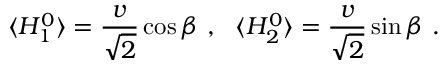
\langle H _ { 1 } ^ { 0 } \rangle = \frac { v } { \sqrt 2 } \cos \beta ~ , ~ ~ \langle H _ { 2 } ^ { 0 } \rangle = \frac { v } { \sqrt 2 } \sin \beta ~ .